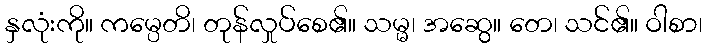
နှလုံးကို။ ကမ္ပေတိ၊ တုန်လှုပ်စေ၏။ သမ္မ၊ အဆွေ။ တေ၊ သင်၏။ ဝါစာ၊